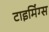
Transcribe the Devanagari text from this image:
टाइमिंग्स